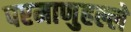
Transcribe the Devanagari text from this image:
परमाणुहल्ले